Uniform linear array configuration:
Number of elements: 24
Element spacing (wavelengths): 0.25
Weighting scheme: binomial
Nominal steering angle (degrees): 60
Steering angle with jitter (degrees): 60.959
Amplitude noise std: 0.05
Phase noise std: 0.05

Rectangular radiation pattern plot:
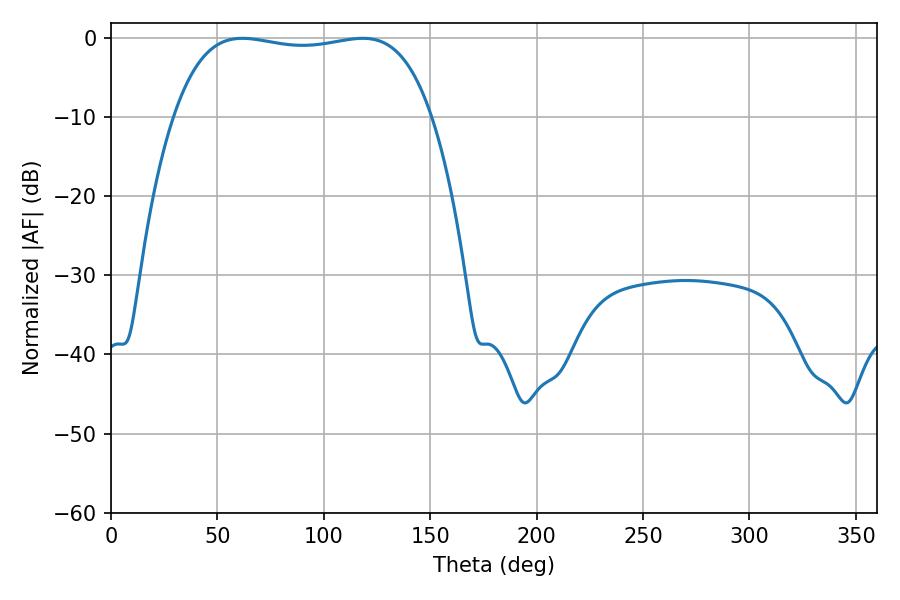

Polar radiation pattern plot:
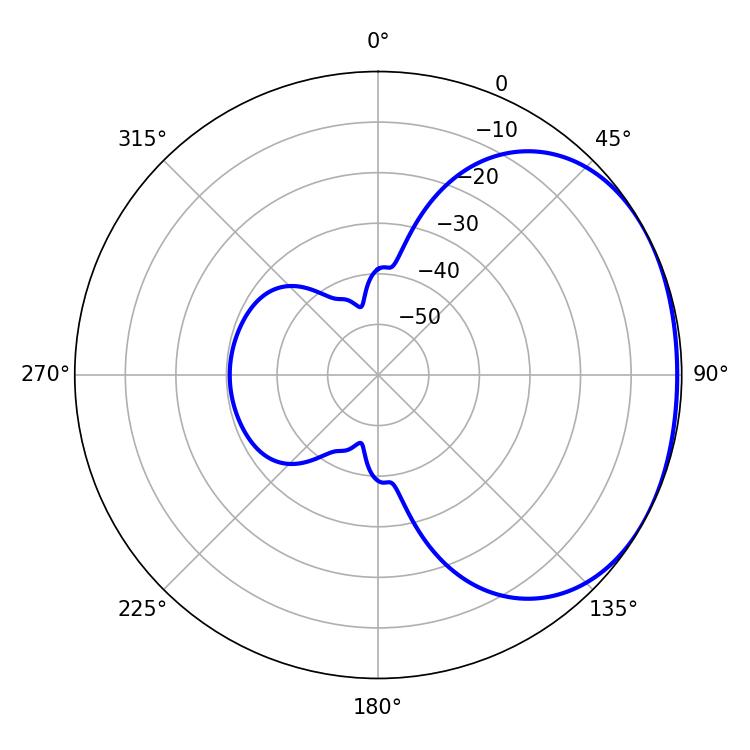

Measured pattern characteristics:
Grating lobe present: FALSE
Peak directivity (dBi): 1.583
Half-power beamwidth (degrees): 96.84
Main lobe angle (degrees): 61.74